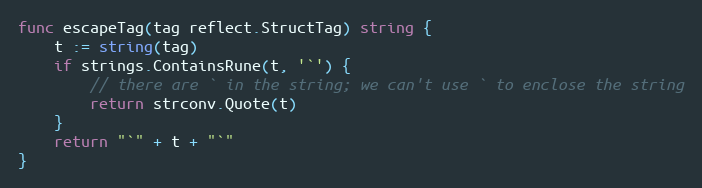
Language: Go
func escapeTag(tag reflect.StructTag) string {
	t := string(tag)
	if strings.ContainsRune(t, '`') {
		// there are ` in the string; we can't use ` to enclose the string
		return strconv.Quote(t)
	}
	return "`" + t + "`"
}